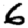
Digit: 6